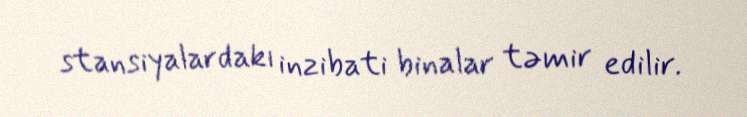
stansiyalardakı inzibati binalar təmir edilir.